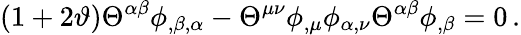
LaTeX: (1+2\vartheta){\Theta}^{\alpha\beta}\phi_{,\beta,\alpha}-{\Theta}^{\mu\nu}\phi_{,\mu}\phi_{\alpha,\nu}{\Theta}^{\alpha\beta}\phi_{,\beta}=0\, .